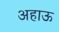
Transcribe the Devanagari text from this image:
अहाऊ